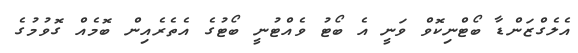
އެލެގްޒަންޑާ ބޯޓްނިކޮވް ވަނީ އެ ބޯޓު ވެއްޓުނީ ބޯޓުގެ އެތެރެއިން ބޮމެއް ގޮވުމުގެ